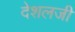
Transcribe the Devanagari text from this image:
देशलजी